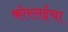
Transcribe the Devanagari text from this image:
कोरलईचा